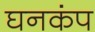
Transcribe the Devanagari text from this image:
घनकंप